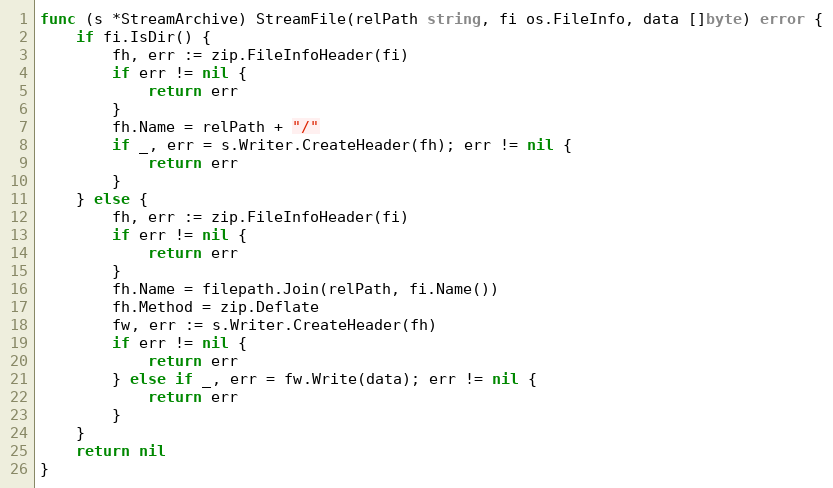
Language: Go
func (s *StreamArchive) StreamFile(relPath string, fi os.FileInfo, data []byte) error {
	if fi.IsDir() {
		fh, err := zip.FileInfoHeader(fi)
		if err != nil {
			return err
		}
		fh.Name = relPath + "/"
		if _, err = s.Writer.CreateHeader(fh); err != nil {
			return err
		}
	} else {
		fh, err := zip.FileInfoHeader(fi)
		if err != nil {
			return err
		}
		fh.Name = filepath.Join(relPath, fi.Name())
		fh.Method = zip.Deflate
		fw, err := s.Writer.CreateHeader(fh)
		if err != nil {
			return err
		} else if _, err = fw.Write(data); err != nil {
			return err
		}
	}
	return nil
}